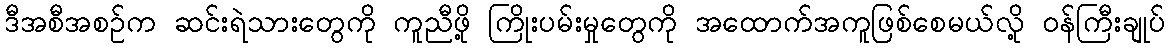
ဒီအစီအစဉ်က ဆင်းရဲသားတွေကို ကူညီဖို့ ကြိုးပမ်းမှုတွေကို အထောက်အကူဖြစ်စေမယ်လို့ ဝန်ကြီးချုပ်